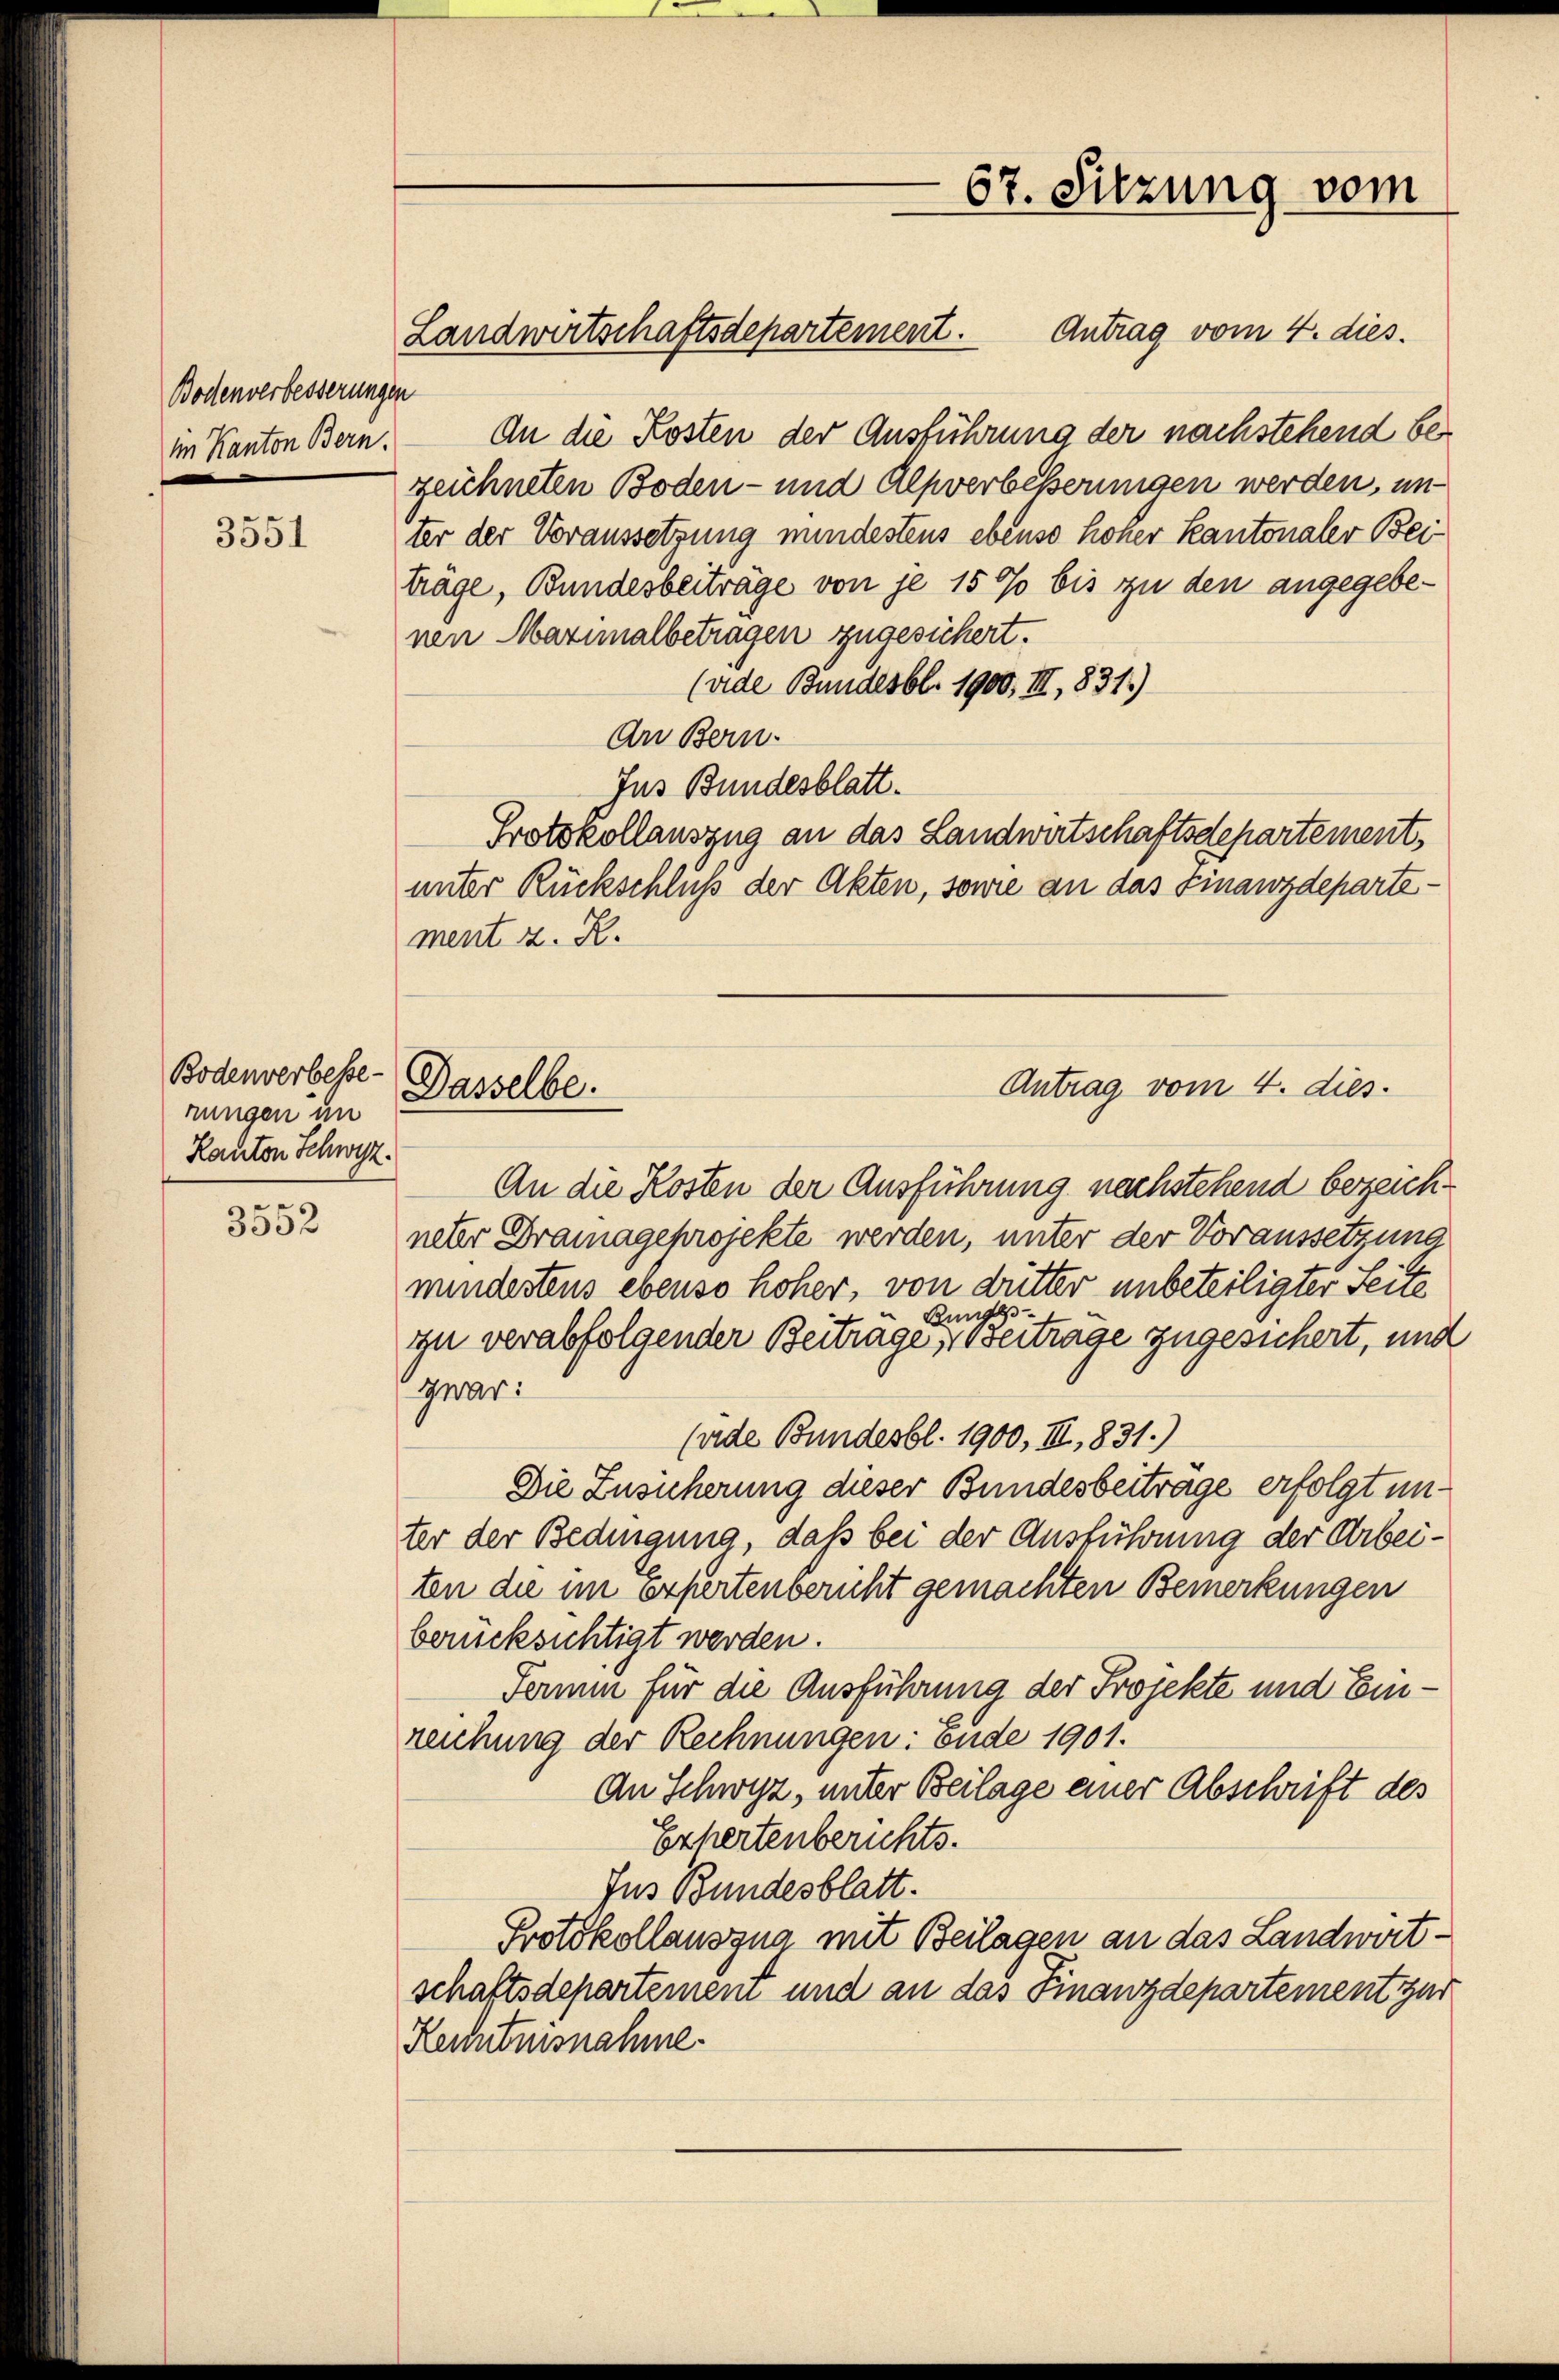
Bodenverbesserungen
im Kanton Bern.

3551

Bodenverbessenungen in
Kanton Schwyz.

n
3532

An die Kosten der Ausführung der nachstehend bezeichneten Boden- und Alpverbesserungen werden, un
ter der Voraussetzung mindestens ebenso hoher Kantonaler Beiträge, Bundesbeiträge von je 15 % bis zu den angegebenen Maximalbetragen zugesichert.
(vide Bundesbl. 1900, III, 831.)
An Bern.
Jus Bundesblatt.
Protokollauszug an das Landwirtschaftsdepartement,
unter Rückschluß der Akten, sowie an das Finanzdepartement z. B.
An die Kosten der Ausführung nachstehend bezeichneter Dramageprojekte werden, unter der Voraussetzung
mindestens ebenso höher, von dutter unbeteiligter Seite
Bunge
izu verabfolgender Beitrage, Beiträge zugesichert, und
war:
(vide Bundesbl. 1900, III, 831.)
Die Zusicherung dieser Bundesbeitrage erfolgt unter der Bedingung, daß bei der Ausführung der Arbeiten die im expertenbericht gemachten Bemerkungen
berücksichtigt werden.
Fermin für die Ausführung der Projekte und Einreichung der Rechnungen: ende 1901.
An Schwyz, unter Beilage einer Abschrift des
Expertenberichts.
Jus Bundesblatt.
Protokollauszug mit Beilagen an das Landwirt-
schaftsdepartemen und an das Finanzdepartement zur
Kenntnisnahme

Dasselbe.

Landwirtschaftsdepartement. Antrag vom 4. dies.

67. Sitzung vom

Antrag vom 4. dies